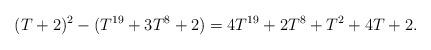
LaTeX: \begin{align*}(T+2)^2-(T^{19} + 3T^8 + 2)=4T^{19} + 2T^8 + T^2 + 4T + 2.\end{align*}